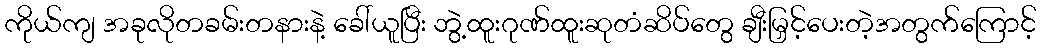
ကိုယ်ကျ အခုလိုတခမ်းတနားနဲ့ ခေါ်ယူပြီး ဘွဲ့ထူးဂုဏ်ထူးဆုတံဆိပ်တွေ ချီးမြှင့်ပေးတဲ့အတွက်ကြောင့်